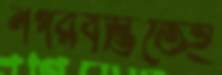
নগরবস্তিতেই